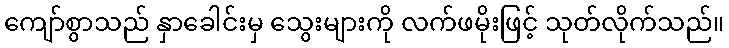
ကျော်စွာသည် နှာခေါင်းမှ သွေးများကို လက်ဖမိုးဖြင့် သုတ်လိုက်သည်။